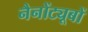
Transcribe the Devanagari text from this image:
नैनोंट्यूबों